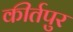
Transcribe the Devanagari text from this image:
कीर्तपुर